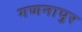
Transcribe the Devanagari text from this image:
गणनापुर